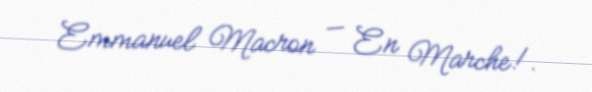
Emmanuel Macron — En Marche!.